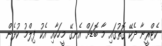
ކެޓްރީނާ ދެކޭ ގޮތުގައި މާ ބޮޑަށް އެނގޭ މީހަކާއި އެކު ފިލްމު ކުޅެން